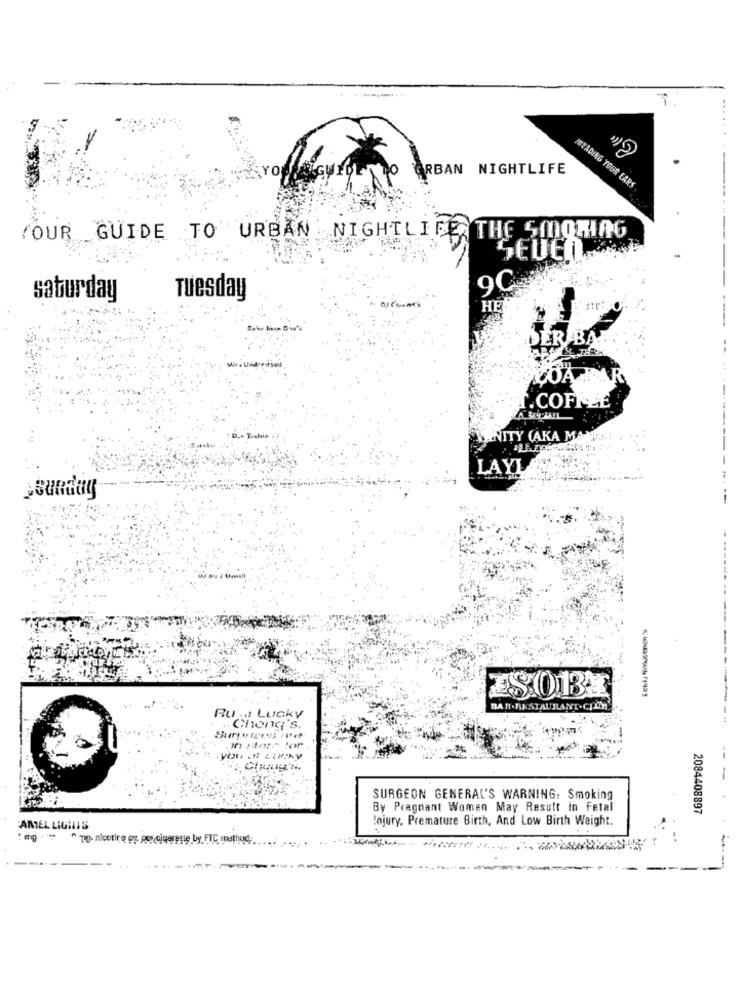
TOPERIGUIDEN DO ORBAN NIGHTLIFE
MIVADING YOUR EARS
YOUR GUIDE TO URBAN NIGHTLIFE THE SMOMIAG
SEUED
9C
saturday
Tuesday
HE
DER BAR
COA
--
T.COFFEE
NITY (AKA MAY
LAYL
sunday
--
-------
BAR-RESTAURANT .CITY
Runt Lucky
"Chang's.
---
SURGEON GENERAL'S WARNING: Smoking
By Pregnant Women May Result in Fetal
2084408897
Injury, Premature Birth, And Low Birth Weight.
AMEL LIGHIS
1 mg
^ ng. nicotire es porcigeretie by FTC method,